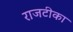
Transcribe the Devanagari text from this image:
राजटीका